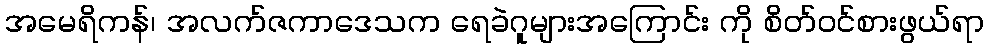
အမေရိကန်၊ အလက်ဇကာဒေသက ရေခဲဂူများအကြောင်း ကို စိတ်ဝင်စားဖွယ်ရာ